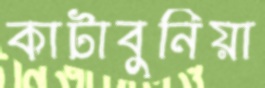
কাটাবুনিয়া